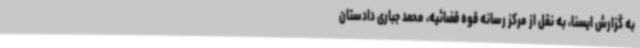
به گزارش ایسنا، به نقل از مرکز رسانه قوه قضائیه، محمد جباری دادستان